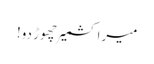
میرا کشمیر چھوڑ دو!